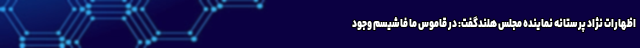
اظهارات نژاد پرستانه نماینده مجلس هلندگفت: در قاموس ما فاشیسم وجود